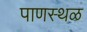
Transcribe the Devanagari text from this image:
पाणस्थळ